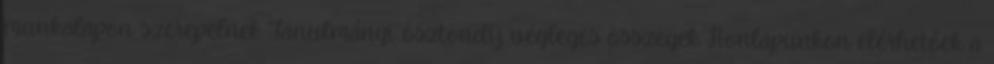
munkalapon szerepelnek Tanulmányi ösztöndíj végleges összegek Honlapunkon elérhetőek a